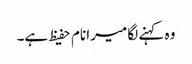
وہ کہنے لگا میرا نام حفیظ ہے۔